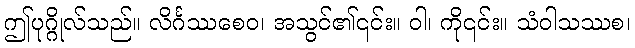
ဤပုဂ္ဂိုလ်သည်။ လိင်္ဂဿစေဝ၊ အသွင်၏၎င်း။ ဝါ၊ ကို၎င်း။ သံဝါသဿစ၊